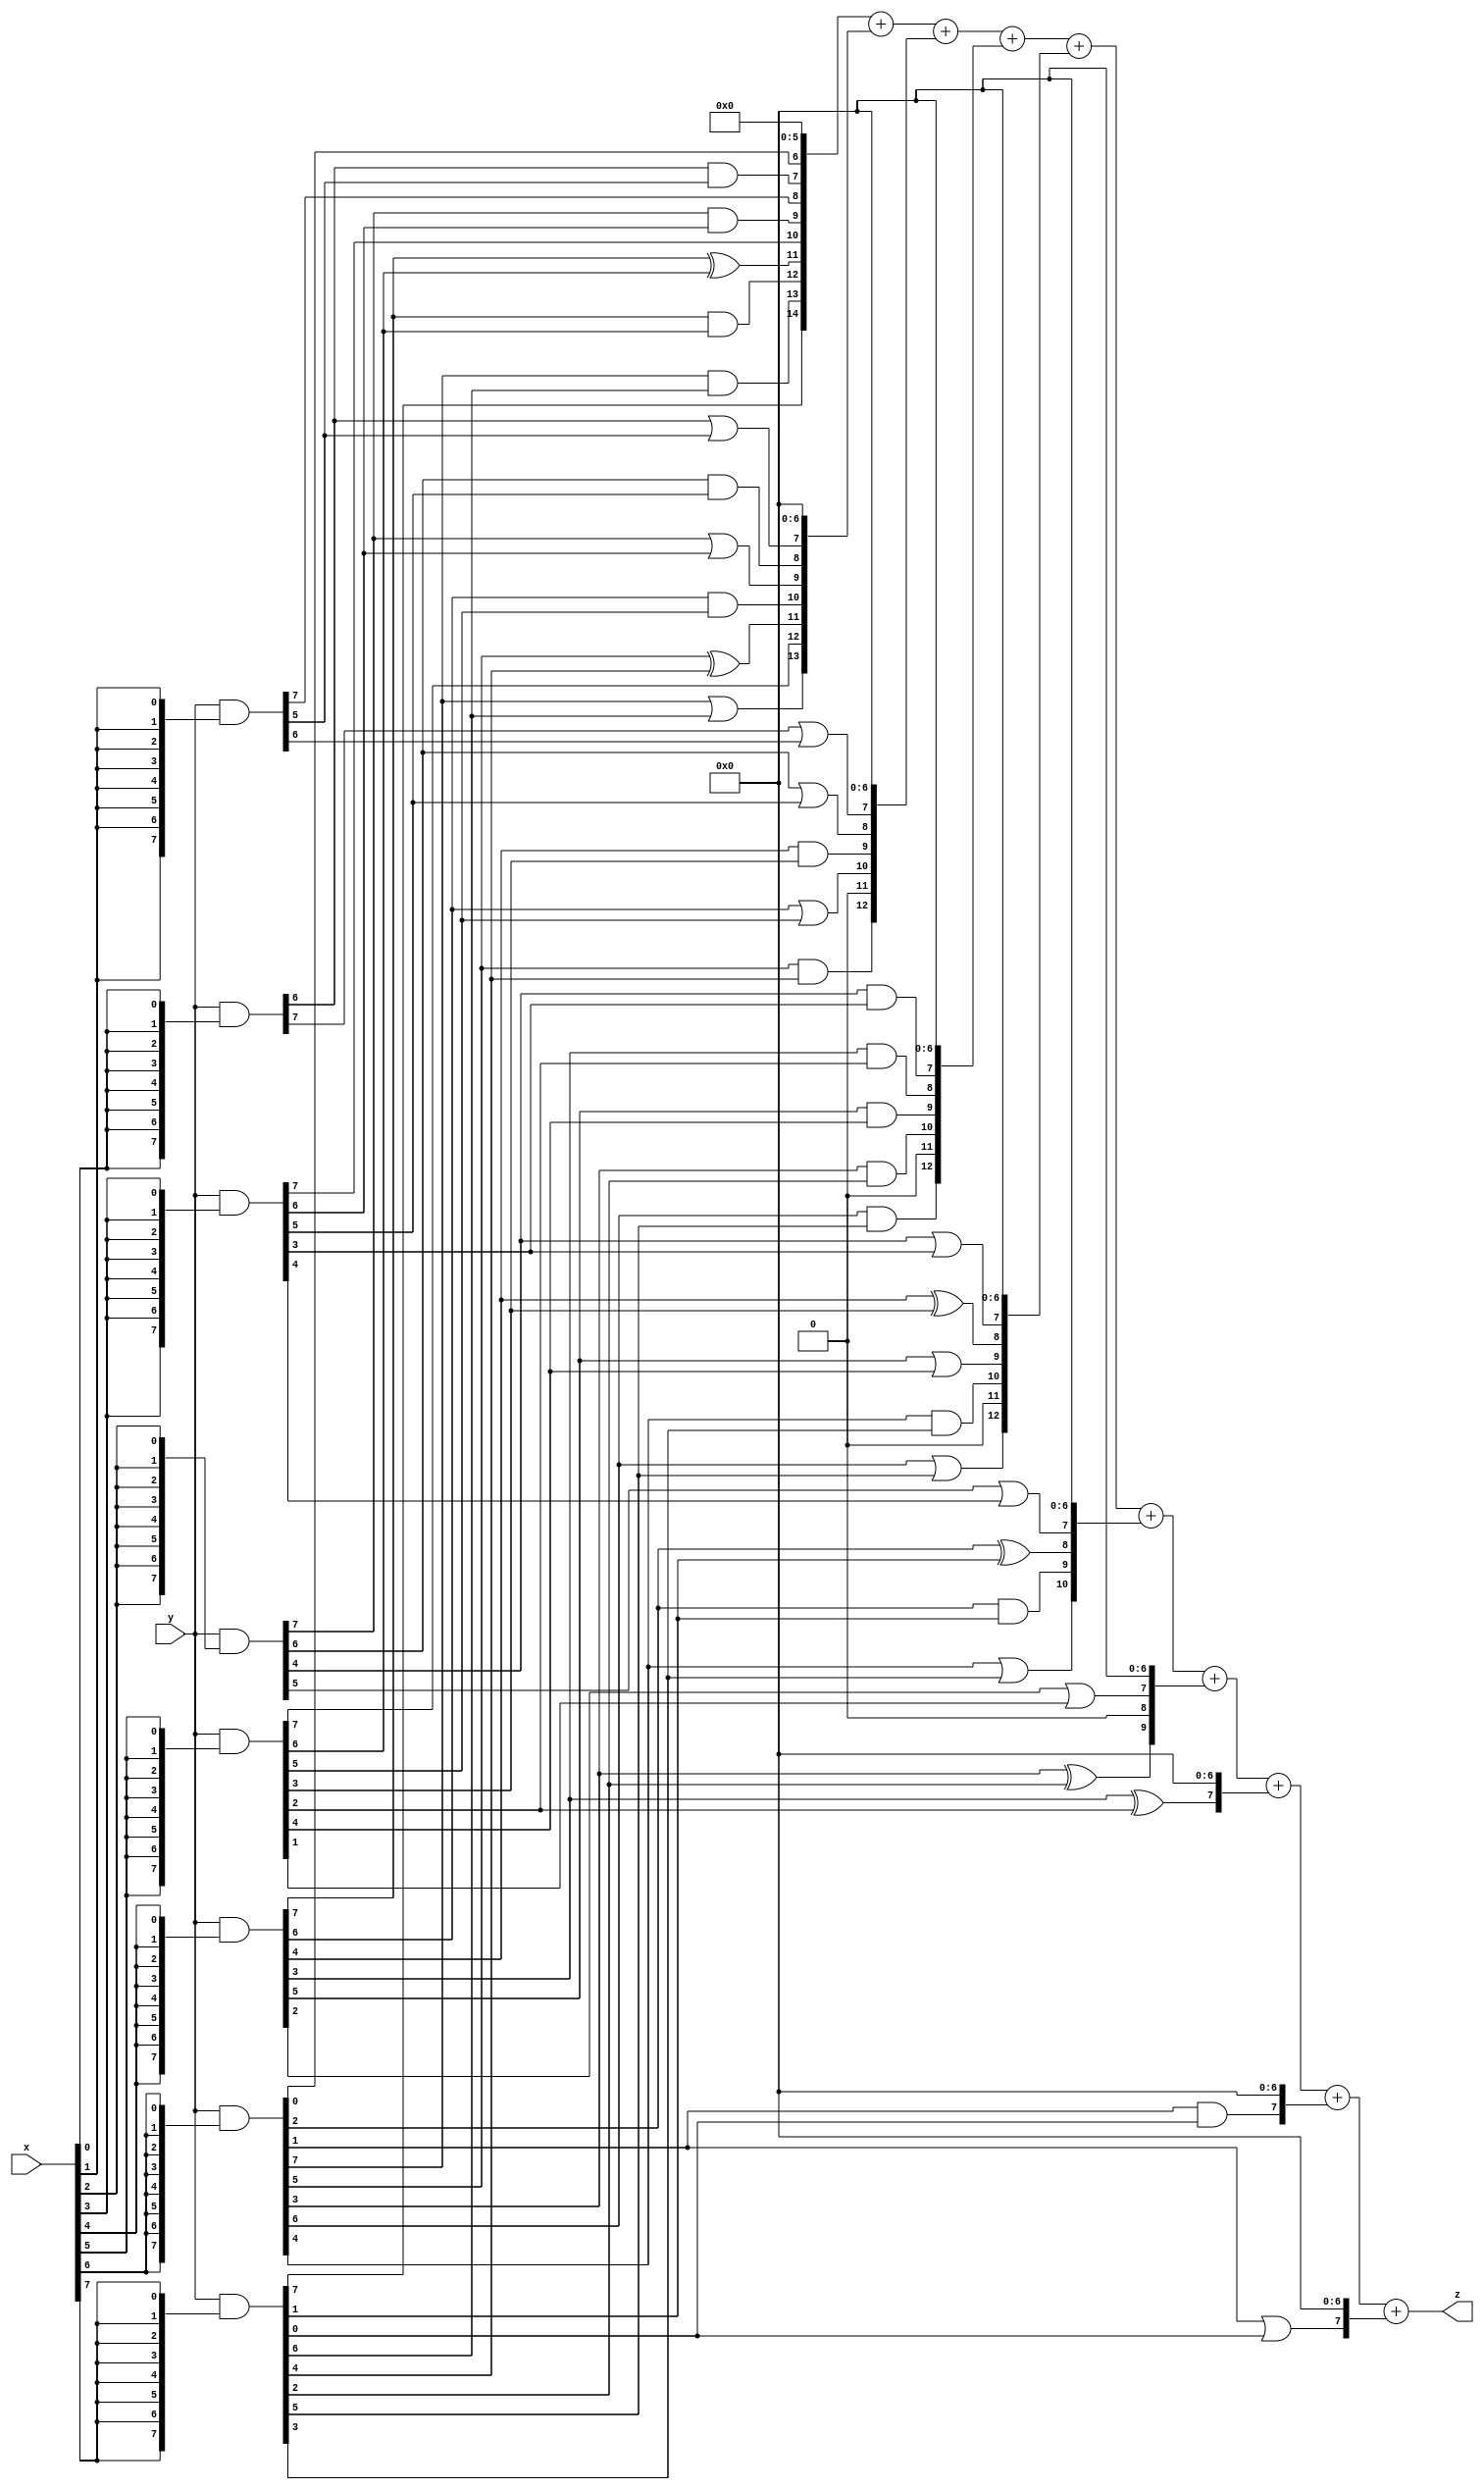
// terms: 40
// fval:  44022.25

module unsigned_8x8_l8_lamb1000_9 (
	input [7:0] x,
	input [7:0] y,
	output [15:0] z
);


wire [7:0] part1 =  y & {8{x[0]}};
wire [7:0] part2 =  y & {8{x[1]}};
wire [7:0] part3 =  y & {8{x[2]}};
wire [7:0] part4 =  y & {8{x[3]}};
wire [7:0] part5 =  y & {8{x[4]}};
wire [7:0] part6 =  y & {8{x[5]}};
wire [7:0] part7 =  y & {8{x[6]}};
wire [7:0] part8 =  y & {8{x[7]}};

wire [14:0] new_part1;
assign new_part1[0] = 0;
assign new_part1[1] = 0;
assign new_part1[2] = 0;
assign new_part1[3] = 0;
assign new_part1[4] = 0;
assign new_part1[5] = 0;
assign new_part1[6] = part7[0];
assign new_part1[7] = part1[6] & part2[5];
assign new_part1[8] = part2[7];
assign new_part1[9] = part3[7] & part4[6];
assign new_part1[10] = part4[7];
assign new_part1[11] = part5[7] ^ part6[6];
assign new_part1[12] = part5[7] & part6[6];
assign new_part1[13] = part7[7] & part8[6];
assign new_part1[14] = part8[7];

wire [13:0] new_part2;
assign new_part2[0] = 0;
assign new_part2[1] = 0;
assign new_part2[2] = 0;
assign new_part2[3] = 0;
assign new_part2[4] = 0;
assign new_part2[5] = 0;
assign new_part2[6] = 0;
assign new_part2[7] = part1[6] | part2[5];
assign new_part2[8] = part3[6] & part4[5];
assign new_part2[9] = part3[7] | part4[6];
assign new_part2[10] = part5[6] & part6[5];
assign new_part2[11] = part7[5] ^ part8[4];
assign new_part2[12] = part6[7];
assign new_part2[13] = part7[7] | part8[6];

wire [12:0] new_part3;
assign new_part3[0] = 0;
assign new_part3[1] = 0;
assign new_part3[2] = 0;
assign new_part3[3] = 0;
assign new_part3[4] = 0;
assign new_part3[5] = 0;
assign new_part3[6] = 0;
assign new_part3[7] = part1[7] | part2[6];
assign new_part3[8] = part3[6] | part4[5];
assign new_part3[9] = part5[4] & part6[3];
assign new_part3[10] = part5[6] | part6[5];
assign new_part3[11] = 0;
assign new_part3[12] = part7[5] & part8[4];

wire [12:0] new_part4;
assign new_part4[0] = 0;
assign new_part4[1] = 0;
assign new_part4[2] = 0;
assign new_part4[3] = 0;
assign new_part4[4] = 0;
assign new_part4[5] = 0;
assign new_part4[6] = 0;
assign new_part4[7] = part3[4] & part4[3];
assign new_part4[8] = part5[3] & part6[2];
assign new_part4[9] = part5[5] & part6[4];
assign new_part4[10] = part7[3] & part8[2];
assign new_part4[11] = 0;
assign new_part4[12] = part7[6] & part8[5];

wire [12:0] new_part5;
assign new_part5[0] = 0;
assign new_part5[1] = 0;
assign new_part5[2] = 0;
assign new_part5[3] = 0;
assign new_part5[4] = 0;
assign new_part5[5] = 0;
assign new_part5[6] = 0;
assign new_part5[7] = part3[4] | part4[3];
assign new_part5[8] = part5[4] ^ part6[3];
assign new_part5[9] = part5[5] | part6[4];
assign new_part5[10] = part7[4] & part8[3];
assign new_part5[11] = 0;
assign new_part5[12] = part7[6] | part8[5];

wire [10:0] new_part6;
assign new_part6[0] = 0;
assign new_part6[1] = 0;
assign new_part6[2] = 0;
assign new_part6[3] = 0;
assign new_part6[4] = 0;
assign new_part6[5] = 0;
assign new_part6[6] = 0;
assign new_part6[7] = part3[5] | part4[4];
assign new_part6[8] = part7[2] ^ part8[1];
assign new_part6[9] = part7[2] & part8[1];
assign new_part6[10] = part7[4] | part8[3];

wire [9:0] new_part7;
assign new_part7[0] = 0;
assign new_part7[1] = 0;
assign new_part7[2] = 0;
assign new_part7[3] = 0;
assign new_part7[4] = 0;
assign new_part7[5] = 0;
assign new_part7[6] = 0;
assign new_part7[7] = part5[2] | part6[1];
assign new_part7[8] = 0;
assign new_part7[9] = part7[3] ^ part8[2];

wire [7:0] new_part8;
assign new_part8[0] = 0;
assign new_part8[1] = 0;
assign new_part8[2] = 0;
assign new_part8[3] = 0;
assign new_part8[4] = 0;
assign new_part8[5] = 0;
assign new_part8[6] = 0;
assign new_part8[7] = part5[3] ^ part6[2];

wire [7:0] new_part9;
assign new_part9[0] = 0;
assign new_part9[1] = 0;
assign new_part9[2] = 0;
assign new_part9[3] = 0;
assign new_part9[4] = 0;
assign new_part9[5] = 0;
assign new_part9[6] = 0;
assign new_part9[7] = part7[1] & part8[0];

wire [7:0] new_part10;
assign new_part10[0] = 0;
assign new_part10[1] = 0;
assign new_part10[2] = 0;
assign new_part10[3] = 0;
assign new_part10[4] = 0;
assign new_part10[5] = 0;
assign new_part10[6] = 0;
assign new_part10[7] = part7[1] | part8[0];

assign z = new_part1 + new_part2 + new_part3 + new_part4 + new_part5 + new_part6 + new_part7 + new_part8 + new_part9 + new_part10;
endmodule